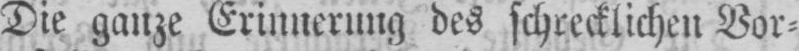
Die ganze Erinnerung des schrecklichen Vor⸗